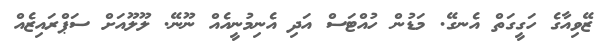
ޒޭވިއާގެ ހަގީގަތް އެނގޭ. މަޑުން ހުއްޓަސް އަދި އެނިމުނީއެއް ނޫނޭ. ލޫލޫއަށް ސަޕްރައިޒެއް